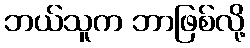
ဘယ်သူက ဘာဖြစ်လို့